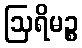
ဩရိမဉ္စ